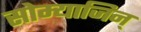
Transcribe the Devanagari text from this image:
सोम्याजिन्